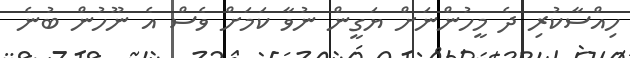
ހިއްސާކުރި ދެ މީހުންނަށް ޔަގީން ނުވާ ކަމަށް ވެސް އެ ނޫހުން ބުނެ